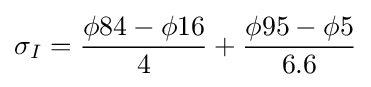
\sigma _{I}={\frac {\phi 84-\phi 16}{4}}+{\frac {\phi 95-\phi 5}{6.6}}